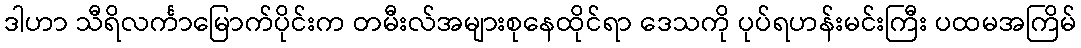
ဒါဟာ သီရိလင်္ကာမြောက်ပိုင်းက တမီးလ်အများစုနေထိုင်ရာ ဒေသကို ပုပ်ရဟန်းမင်းကြီး ပထမအကြိမ်